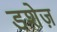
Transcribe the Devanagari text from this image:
डशेज़